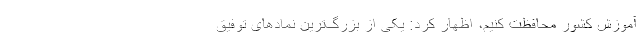
آموزش کشور محافظت کنیم، اظهار کرد: یکی از بزرگ‌ترین نمادهای توفیق